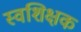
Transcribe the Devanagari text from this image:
स्वशिक्षक